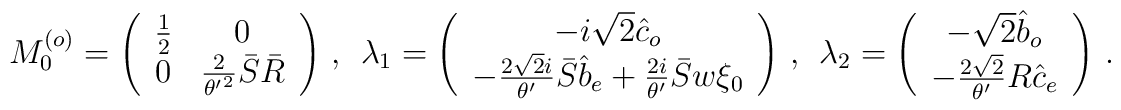
M_{0}^{\left( o\right) }=\left( \begin{array}{cc}{\frac{1}{2}} & 0 \\ 0 & {\frac{2}{{\theta ^{\prime }}^{2}}}\bar{S}\bar{R}\end{array}\right) \,,~~\lambda _{1}=\left( \begin{array}{c}-i\sqrt{2}\hat{c}_{o} \\ -{\frac{2\sqrt{2}i}{\theta ^{\prime }}}\bar{S}\hat{b}_{e}+{\frac{2i}{\theta^{\prime }}}\bar{S}w\xi _{0}\end{array}\right) \,,~~\lambda _{2}=\left( \begin{array}{c}-\sqrt{2}\hat{b}_{o} \\ -{\frac{2\sqrt{2}}{\theta ^{\prime }}}R\hat{c}_{e}\end{array}\right) \,.